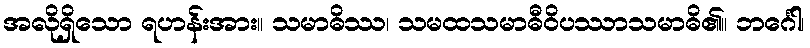
အလိုရှိသော ရဟန်းအား။ သမာဓိဿ၊ သမထသမာဓီဝိပဿာသမာဓိ၏။ ဘင်္ဂေါ၊